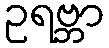
ဥရဗ္ဘာ